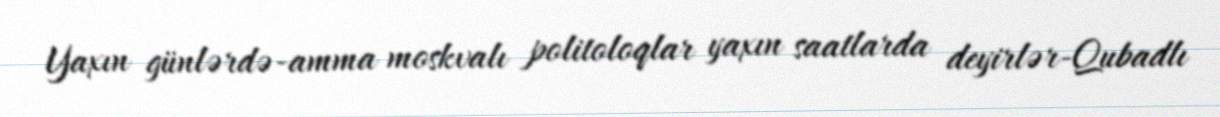
Yaxın günlərdə-amma moskvalı politoloqlar yaxın saatlarda deyirlər-Qubadlı